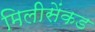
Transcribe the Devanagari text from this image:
मिलीसेंकड